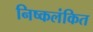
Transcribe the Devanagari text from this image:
निष्कलंकित